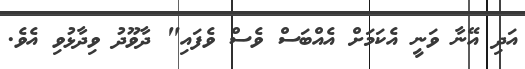
އަދި އޭނާ ވަނީ އެކަމަށް އެއްބަސް ވެސް ވެފައި" ދާވޫދު ވިދާޅުވި އެވެ.